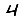
Digit: 4